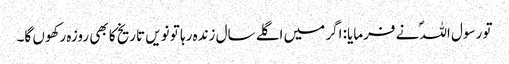
تو رسول اللہؐ نے فرمایا: اگر میں اگلے سال زندہ رہا تو نویں تاریخ کا بھی روزہ رکھوں گا۔